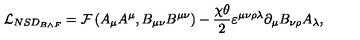
\mathcal { L } _ { N S D _ { B \wedge F } } = \mathcal { F } \left( A _ { \mu } A ^ { \mu } , B _ { \mu \nu } B ^ { \mu \nu } \right) - \frac { \chi \theta } { 2 } \varepsilon ^ { \mu \nu \rho \lambda } \partial _ { \mu } B _ { \nu \rho } A _ { \lambda } ,